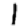
Digit: 1